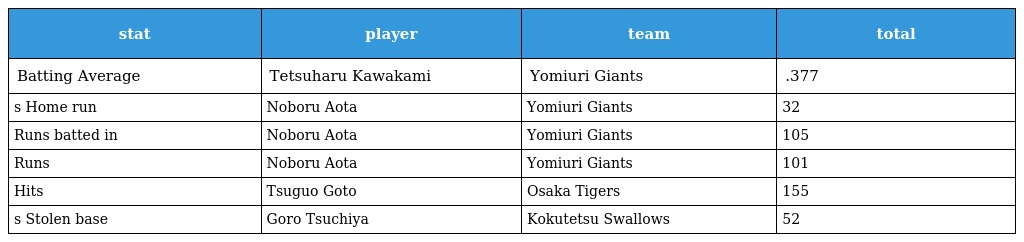
| stat | player | team | total |
 | --- | --- | --- | --- |
 | Batting Average | Tetsuharu Kawakami | Yomiuri Giants | .377 |
 | s Home run | Noboru Aota | Yomiuri Giants | 32 |
 | Runs batted in | Noboru Aota | Yomiuri Giants | 105 |
 | Runs | Noboru Aota | Yomiuri Giants | 101 |
 | Hits | Tsuguo Goto | Osaka Tigers | 155 |
 | s Stolen base | Goro Tsuchiya | Kokutetsu Swallows | 52 |